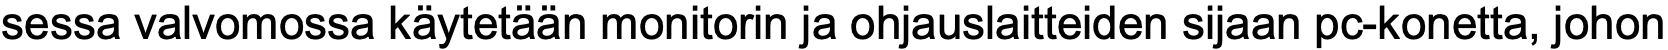
sessa valvomossa käytetään monitorin ja ohjauslaitteiden sijaan pc-konetta, johon